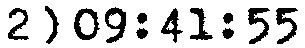
2) 09:41:55